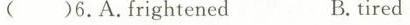
( )6.A.Frightened B.Tired